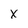
Character: X